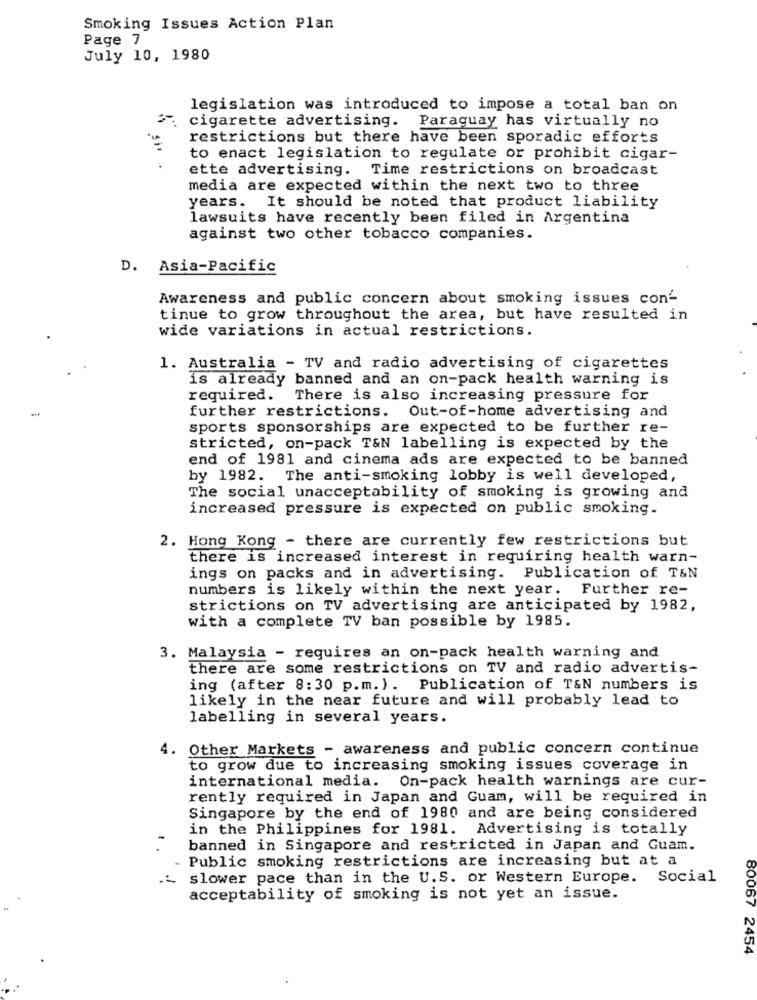
Smoking Issues Action Plan
Page 7
July 10, 1980
legislation was introduced to impose a total ban on
cigarette advertising. Paraguay has virtually no
restrictions but there have been sporadic efforts
to enact legislation to regulate or prohibit cigar-
ette advertising. Time restrictions on broadcast
media are expected within the next two to three
years. It should be noted that product liability
lawsuits have recently been filed in Argentina
against two other tobacco companies.
D. Asia-Pacific
Awareness and public concern about smoking issues con-
tinue to grow throughout the area, but have resulted in
wide variations in actual restrictions.
1. Australia - TV and radio advertising of cigarettes
is already banned and an on-pack health warning is
required. There is also increasing pressure for
further restrictions. Out-of-home advertising and
sports sponsorships are expected to be further re-
stricted, on-pack T&N labelling is expected by the
end of 1981 and cinema ads are expected to be banned
by 1982. The anti-smoking lobby is well developed,
The social unacceptability of smoking is growing and
increased pressure is expected on public smoking.
2. Hong Kong - there are currently few restrictions but
there is increased interest in requiring health warn-
ings on packs and in advertising. Publication of T&N
numbers is likely within the next year. Further re-
strictions on TV advertising are anticipated by 1982,
with a complete TV ban possible by 1985.
3. Malaysia - requires an on-pack health warning and
there are some restrictions on TV and radio advertis-
ing (after 8:30 p.m.). Publication of T&N numbers is
likely in the near future and will probably lead to
labelling in several years.
4. Other Markets - awareness and public concern continue
to grow due to increasing smoking issues coverage in
international media. On-pack health warnings are cur-
rently required in Japan and Guam, will be required in
Singapore by the end of 1980 and are being considered
in the Philippines for 1981. Advertising is totally
banned in Singapore and restricted in Japan and Guam.
Public smoking restrictions are increasing but at a
slower pace than in the U.S. or Western Europe. Social
acceptability of smoking is not yet an issue.
80067 2454